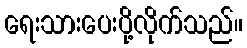
ရေးသားပေးပို့လိုက်သည်။